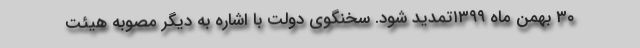
۳۰ بهمن ماه ۱۳۹۹تمدید شود. سخنگوی دولت با اشاره به دیگر مصوبه هیئت